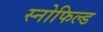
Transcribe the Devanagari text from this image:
स्‍नोफिल्‍ड